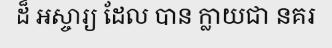
ដ៏ អស្ចារ្យ ដែល បាន ក្លាយជា នគរ